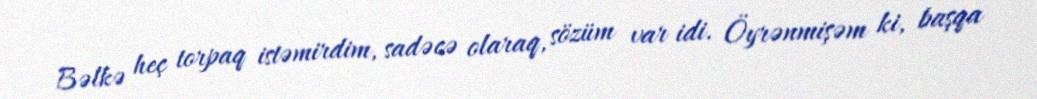
Bəlkə heç torpaq istəmirdim, sadəcə olaraq, sözüm var idi. Öyrənmişəm ki, başqa